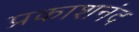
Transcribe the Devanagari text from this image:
प्रकाशनंद